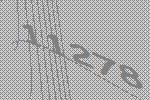
11278